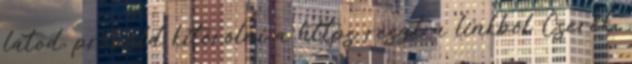
látod, próbáld kitörölni a https részt a linkből Cserék.